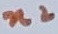
Text: n2